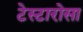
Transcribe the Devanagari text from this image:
टेस्टारोसा